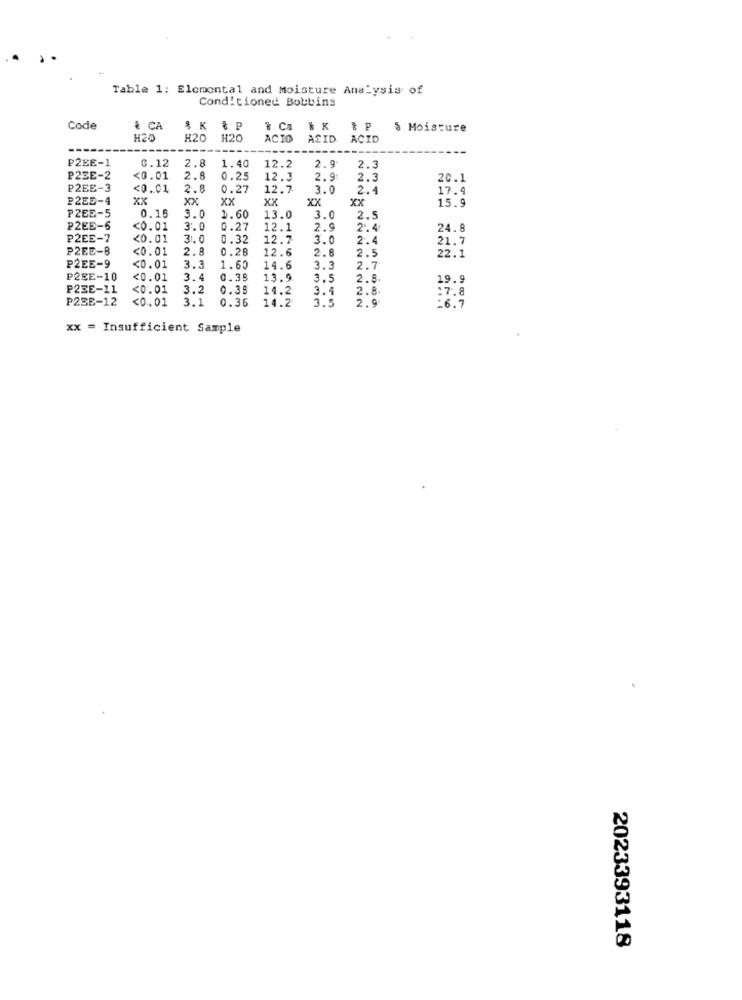
Table 1: Elemental and Moisture Analysis of
Conditioned Bobbins
Code
& CA
$ K
* Ca
& P
& Moisture
H20
H20
H20
ACIO
ACID
ACID
2.8
12.2
P2EE-1
6.12
1.40
2.9
2.3
P2EE-2
<0.01
2.8
0.25
12.3
2.9t
2.3
20.1
P2EE-3
<0.01
2.8
0.27
12.7
3.0
2.4
17.4
P2E5-4
xx
XX
xx
xx
XX
XX
15.9
P2EE-5
0.15
3.0
1.60
13.0
3.0
2.5
P2EE-6
<0.01
3.0
0.27
12.1
2.9
2. 4
24.8
P2EE-7
<0. 01
3 :. 0
0.32
12.7
3.0
2.4
21.7
P2EE-8
<0.01
2.8
0.28
12.6
2.8
22.1
2.5
P2EE-9
<0.01
3.3
1.60
14.6
3.3
2.7
P2EE-10
<0.01
3.4
0.35
13.9
3.5
2.8.
19.9
P2EE-11
<0.01
3.2
0.35
14.2
3.4
2.8
:7.8
P23E-12
<0 .. 01
3.1
0.36
14.2
3.5
2.9
-6.7
xx = Insufficient Sample
2023393118